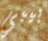
بيبي